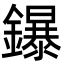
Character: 鑤